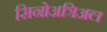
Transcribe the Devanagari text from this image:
सिनोअत्रिअल